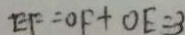
E F = O F + O E = 3